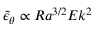
\widetilde \epsilon _ { \theta } \propto R a ^ { 3 / 2 } E k ^ { 2 }